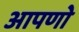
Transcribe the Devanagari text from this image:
आपणो